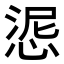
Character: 𢛜